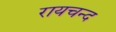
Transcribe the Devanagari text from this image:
रायचन्द